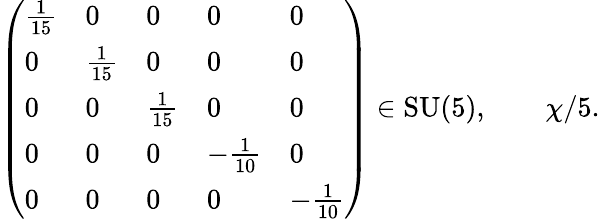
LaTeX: {\left(\begin{array}{lllll}{{\frac{1}{15}}}&{0}&{0}&{0}&{0}\\ {0}&{{\frac{1}{15}}}&{0}&{0}&{0}\\ {0}&{0}&{{\frac{1}{15}}}&{0}&{0}\\ {0}&{0}&{0}&{-{\frac{1}{10}}}&{0}\\ {0}&{0}&{0}&{0}&{-{\frac{1}{10}}}\end{array}\right)}\in{\mathrm{SU}}(5),\qquad\chi/5.